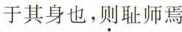
于其身也，则耻师焉